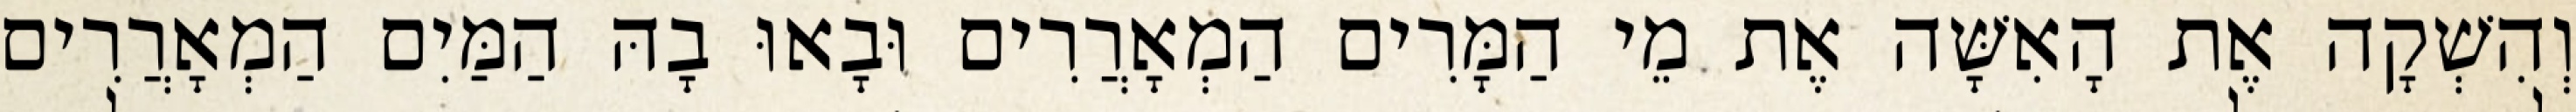
וְהִשְׁקָה אֶת הָאִשָּׁה אֶת מֵי הַמָּרִים הַמְאָרֲרִים וּבָאוּ בָהּ הַמַּיִם הַמְאָרֲרִים